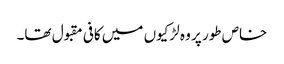
خاص طور پر وہ لڑکیوں میں کافی مقبول تھا۔